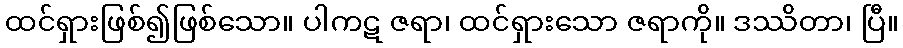
ထင်ရှားဖြစ်၍ဖြစ်သော။ ပါကဋ ဇရာ၊ ထင်ရှားသော ဇရာကို။ ဒဿိတာ၊ ပြီ။